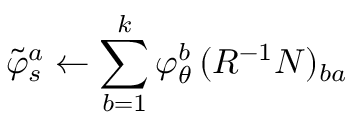
\tilde { \varphi } _ { s } ^ { a } \gets \sum _ { b = 1 } ^ { k } \varphi _ { \theta } ^ { b } \, ( R ^ { - 1 } N ) _ { b a }